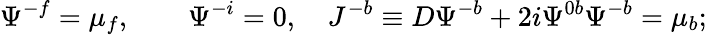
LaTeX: \Psi^{-f}=\mu_{f},\qquad\Psi^{-i}=0,~~~~J^{-b}\equiv D\Psi^{-b}+2i\Psi^{0b}\Psi^{-b}=\mu_{b};